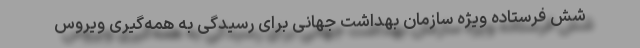
شش فرستاده ویژه سازمان بهداشت جهانی برای رسیدگی به همه‌گیری ویروس